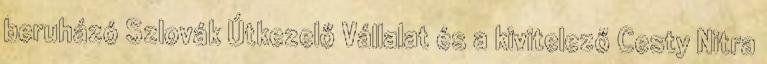
beruházó Szlovák Útkezelő Vállalat és a kivitelező Cesty Nitra